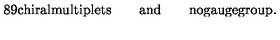
\mathrm { 8 9 c h i r a l m u l t i p l e t s } \qquad \mathrm { a n d } \qquad \mathrm { n o g a u g e g r o u p . }